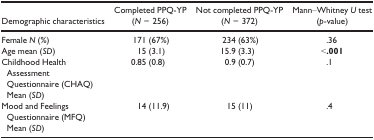
| Demographic characteristics | Completed PPQ‐YP (N = 256) | Not completed PPQ‐YP (N = 372) | Mann–Whitney U test (p‐value) |
 | --- | --- | --- | --- |
 | Female N (%) | 171 (67%) | 234 (63%) | .36 |
 | Age mean (SD) | 15 (3.1) | 15.9 (3.3) | <.001 |
 | Childhood Health Assessment Questionnaire (CHAQ)Mean (SD) | 0.85 (0.8) | 0.9 (0.7) | .1 |
 | Mood and Feelings Questionnaire (MFQ)Mean (SD) | 14 (11.9) | 15 (11) | .4 |